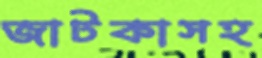
জাটকাসহ